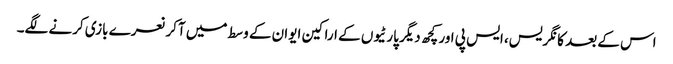
اس کے بعد کانگریس، ایس پی اور کچھ دیگر پارٹیوں کے اراکین ایوان کے وسط میں آکر نعرے بازی کرنے لگے۔